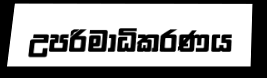
උපරිමාධිකරණය